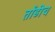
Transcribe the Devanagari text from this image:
तोंडीच